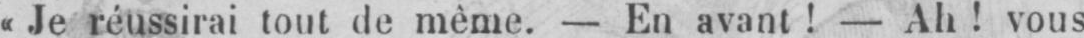
«Je réussirai tout de même. - En avant! - Ah! vous